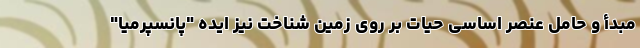
مبدأ و حامل عنصر اساسی حیات بر روی زمین شناخت نیز ایده "پانسپرمیا"